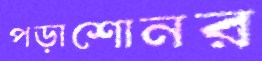
পড়াশোনর